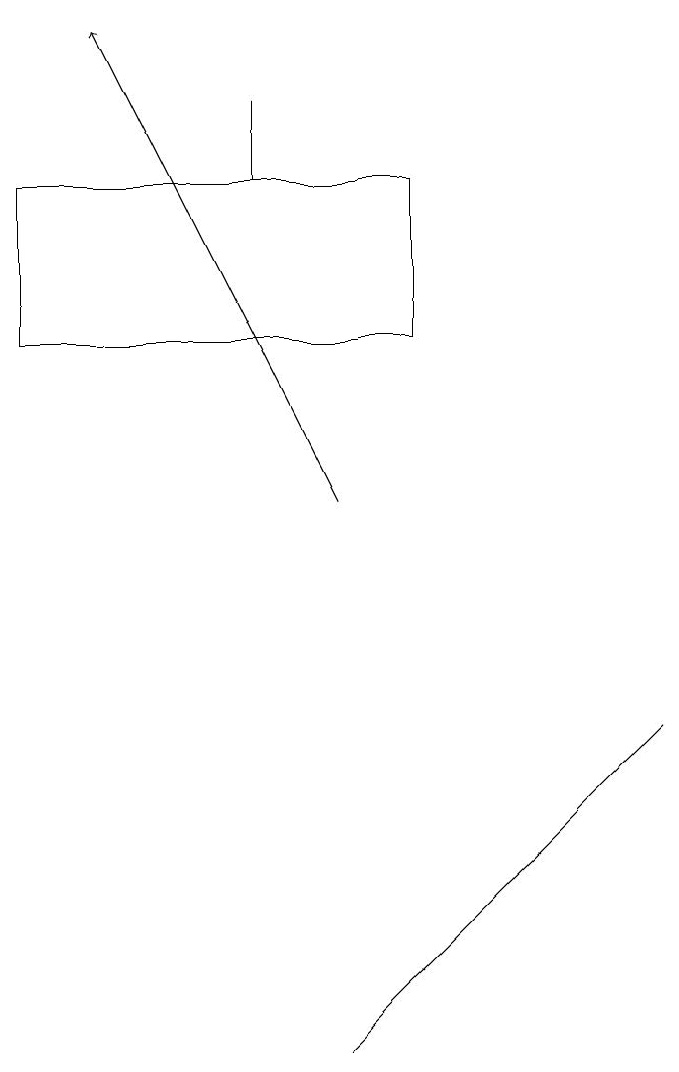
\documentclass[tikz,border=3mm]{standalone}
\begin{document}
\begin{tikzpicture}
\draw (7,7) -- (8,8) -- (4,4) -- cycle;
\draw[->] (4,11) -- (1,17);
\draw (0,15) rectangle (5,13);
\draw (3,15) rectangle (3,16);
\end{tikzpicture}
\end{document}